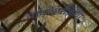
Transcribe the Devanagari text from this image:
वाक्यप्रक्रिया